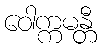
ဝေါက္ကမန္တီ